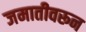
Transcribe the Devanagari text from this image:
जमातीवरून